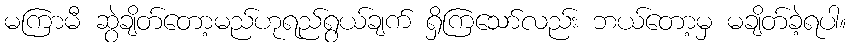
မကြာမီ ဆွဲချိတ်တော့မည်ဟုရည်ရွယ်ချက် ရှိကြသော်လည်း ဘယ်တော့မှ မချိတ်ခဲ့ရပါ။